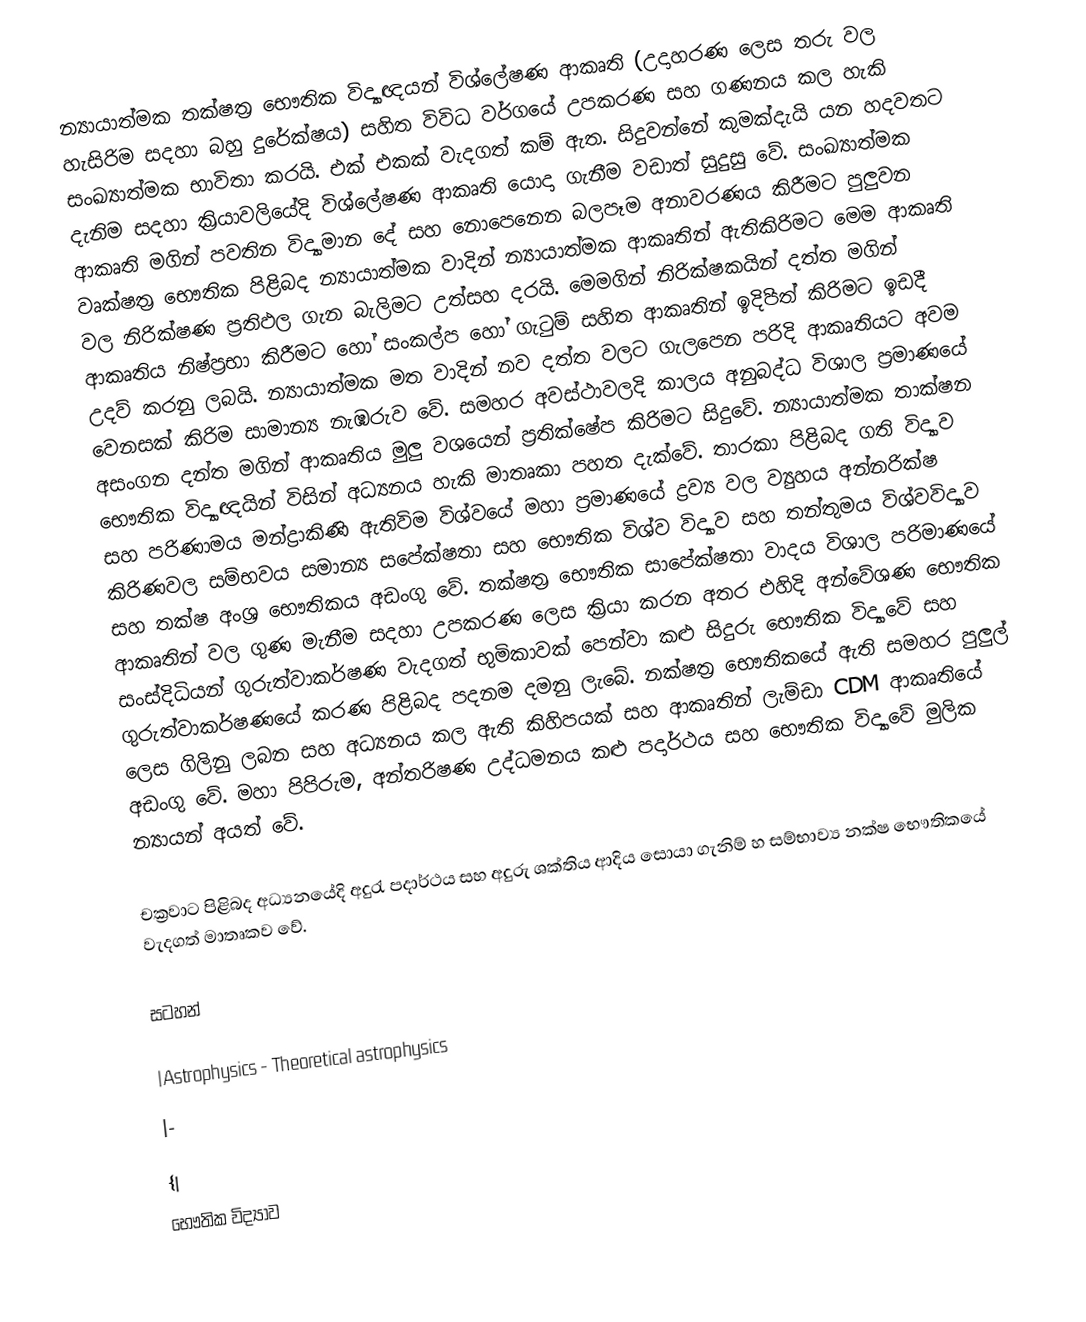
න්‍යායාත්මක තක්ෂත්‍ර භෞතික විද්‍යාඥයන් විශ්ලේෂණ ආකෘති (උදාහරණ ලෙස තරු වල හැසිරිම සදහා බහු දුරේක්ෂය) සහිත විවිධ වර්ගයේ උපකරණ සහ ගණනය කල හැකි සංඛ්‍යාත්මක භාවිතා කරයි. එක් එකක් වැදගත් කම් ඇත. සිදුවන්නේ කුමක්දැයි යන හදවතට දැනිම සදහා ක්‍රියාවලි‍යේදි විශ්ලේෂණ ආකෘති යොදා ගැනීම වඩාත් සුදුසු වේ. සංඛ්‍යාත්මක ආකෘති මගින් පවතින විද්‍යාමාන දේ සහ නොපෙනෙන බලපෑම අනාවරණය කිරීමට පුලුවන වෘක්ෂත්‍ර භෞතික පිළිබද න්‍යායාත්මක වාදින් න්‍යායාත්මක ආකෘතින් ඇතිකිරිමට මෙම ආකෘති වල නිරික්ෂණ ප්‍රතිඵල ගැන බැලිමට උත්සහ දරයි. මෙමගින් නිරික්ෂකයින් දත්ත මගින් ආකෘතිය නිෂ්ප්‍රභා කිරීමට හෝ සංකල්ප හෝ ගැටුම් සහිත ආකෘතින් ඉදිිපත් කිරිමට ඉඩදී උදව් කරනු ලබයි. න්‍යායාත්මක මත වාදින් නව දත්ත වලට ගැ‍ලපෙන පරිදි ආකෘතියට අවම වෙනසක් කිරිම සාමාන්‍ය නැඹරුව වේ. සමහර අවස්ථාවලදි කාලය අනුබද්ධ විශාල ප්‍රමාණයේ අසංගන දන්ත මගින් ආකෘතිය මුලු වශයෙන් ප්‍රතික්ෂේප කිරිමට සිදුවේ. න්‍යායාත්මක තාක්ෂන භෞතික විද්‍යාඥයින් විසින් අධ්‍යනය හැකි මාතෘකා පහත දැක්වේ. තාරකා පිළිබද ගති විද්‍යාව සහ පරිණාමය මන්ද්‍රාකිණි ඇතිවිම විශ්වයේ මහා ප්‍රමාණයේ ද්‍රව්‍ය වල ව්‍යුහය අන්නරික්ෂ කිරිණවල සම්භවය සමාන්‍ය සපේක්ෂතා සහ භෞතික විශ්ව විද්‍යාව සහ තන්තුමය විශ්වවිද්‍යාව සහ තක්ෂ අංශ්‍ර භෞතිකය අඩංගු වේ. තක්ෂත්‍ර භෞතික සාපේක්ෂතා වාදය විශාල පරිමාණයේ ආකෘතින් වල ගුණ මැනීම සදහා උපකරණ ලෙස ක්‍රියා කරන අතර එහිදි අන්වේශණ භෞතික සංස්දිධියන් ගුරුත්වාකර්ෂණ වැදගත් භුමිකාවක් පෙන්වා කළු සිදුරු භෞතික විද්‍යාවේ සහ ගුරුත්වාකර්ෂණයේ කරණ පිළිබද පදනම දමනු ලැබේ. නක්ෂත්‍ර භෞතිකයේ ඇති සමහර පුලුල් ලෙස ගිලිනු ලබන සහ අධ්‍යනය කල ඇති කිහිපයක් සහ ආකෘතින් ලැම්ඩා CDM ආකෘතියේ අඩංගු වේ. මහා පිපිරුම, අන්තරිෂණ උද්ධමනය කළු පදාර්ථය සහ භෞතික විද්‍යාවේ මුලික න්‍යායන් අයත් වේ.

චක්‍රවාට පිළිබද අධ්‍යනයේදි අදුරැ පදාර්ථය සහ අදුරු ශක්තිය ආදිය සොයා ගැනිම් හ සම්භාව්‍ය නක්ෂ ‍භෞතික‍යේ වැදගත් මාතෘකව වේ.

සටහන්

|Astrophysics - Theoretical astrophysics
|-
{|
භෞතික විද්‍යාව